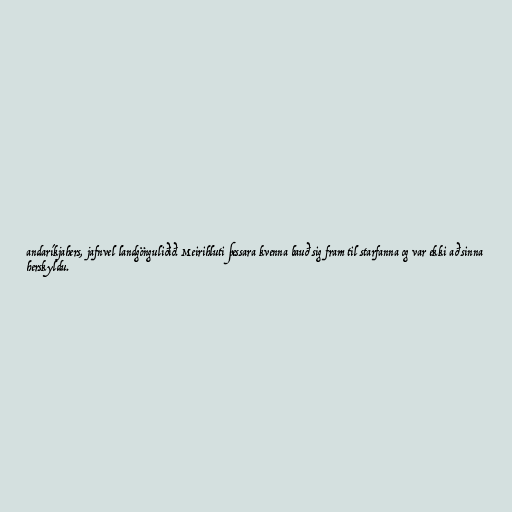
andaríkjahers, jafnvel landgönguliðið. Meirihluti þessara kvenna bauð sig fram til starfanna og var ekki að sinna
herskyldu.